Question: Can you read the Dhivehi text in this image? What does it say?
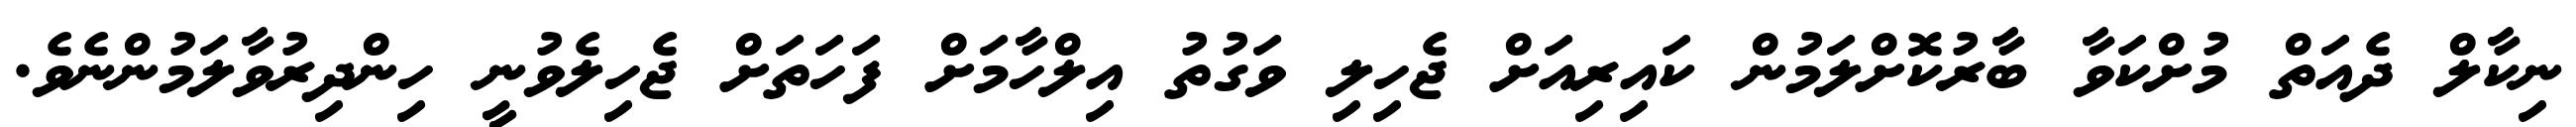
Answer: ނިކާލް ދެއަތް މުށްކަވާ ބާރުކޮށްލަމުން ކައިރިއަށް ޖެހިލި ވަގުތު އިލްހާމަށް ފަހަތަށް ޖެހިލެވުނީ ހިންދިރުވާލަމުންނެވެ.